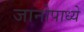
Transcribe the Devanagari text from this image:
जानोपाध्ये